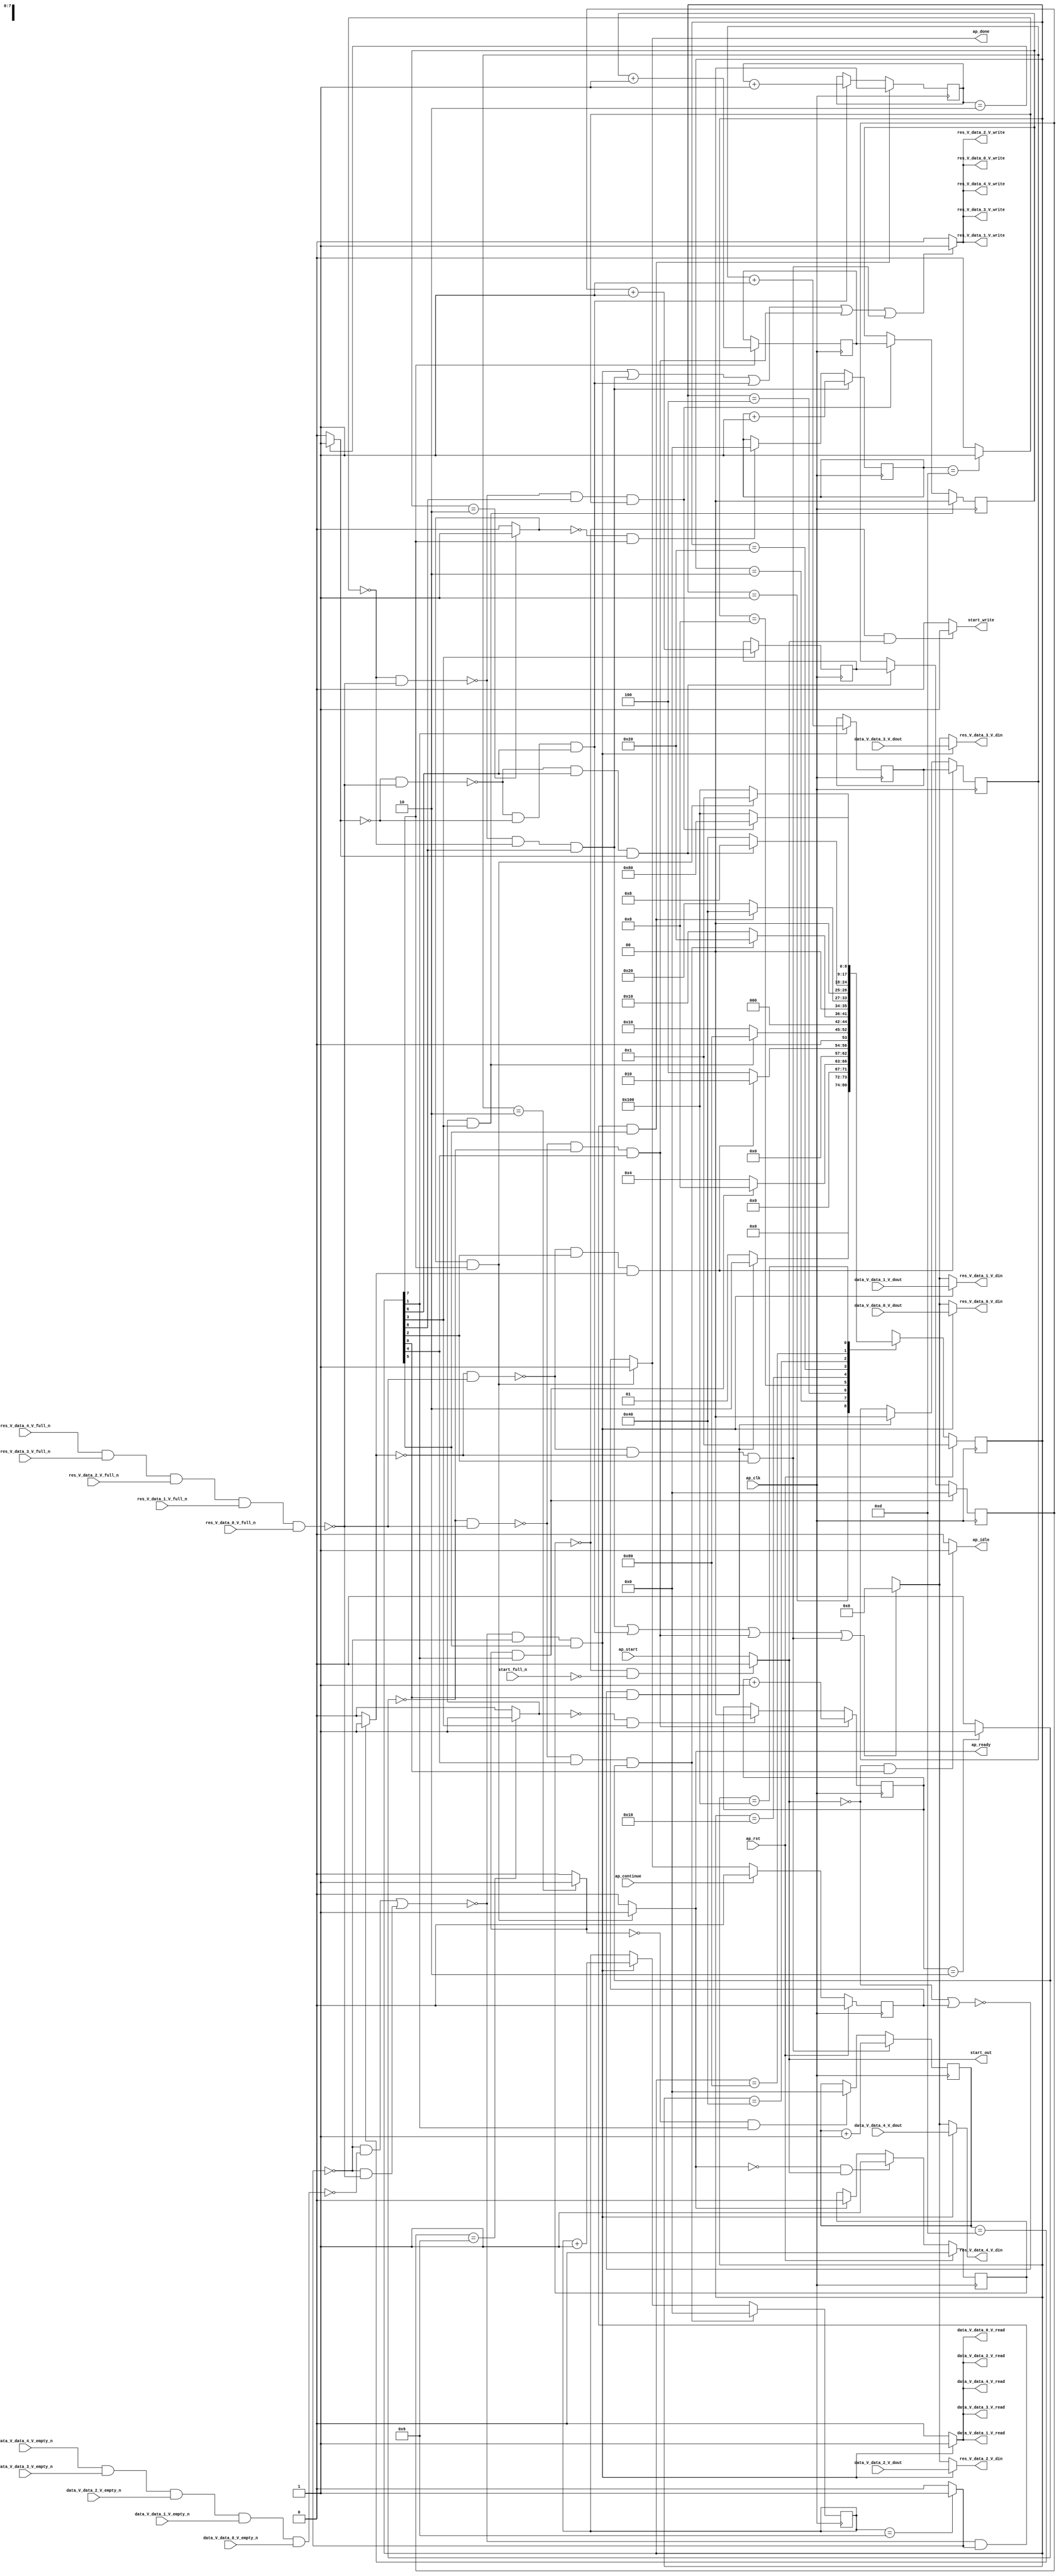
// ==============================================================
// RTL generated by Vivado(TM) HLS - High-Level Synthesis from C, C++ and SystemC
// Version: 2018.2
// Copyright (C) 1986-2018 Xilinx, Inc. All Rights Reserved.
// 
// ===========================================================

`timescale 1 ns / 1 ps 

module zeropad2d_cl_array_array_ap_fixed_5u_config11_s (
        ap_clk,
        ap_rst,
        ap_start,
        start_full_n,
        ap_done,
        ap_continue,
        ap_idle,
        ap_ready,
        start_out,
        start_write,
        data_V_data_0_V_dout,
        data_V_data_0_V_empty_n,
        data_V_data_0_V_read,
        data_V_data_1_V_dout,
        data_V_data_1_V_empty_n,
        data_V_data_1_V_read,
        data_V_data_2_V_dout,
        data_V_data_2_V_empty_n,
        data_V_data_2_V_read,
        data_V_data_3_V_dout,
        data_V_data_3_V_empty_n,
        data_V_data_3_V_read,
        data_V_data_4_V_dout,
        data_V_data_4_V_empty_n,
        data_V_data_4_V_read,
        res_V_data_0_V_din,
        res_V_data_0_V_full_n,
        res_V_data_0_V_write,
        res_V_data_1_V_din,
        res_V_data_1_V_full_n,
        res_V_data_1_V_write,
        res_V_data_2_V_din,
        res_V_data_2_V_full_n,
        res_V_data_2_V_write,
        res_V_data_3_V_din,
        res_V_data_3_V_full_n,
        res_V_data_3_V_write,
        res_V_data_4_V_din,
        res_V_data_4_V_full_n,
        res_V_data_4_V_write
);

parameter    ap_ST_fsm_state1 = 9'd1;
parameter    ap_ST_fsm_state2 = 9'd2;
parameter    ap_ST_fsm_state3 = 9'd4;
parameter    ap_ST_fsm_state4 = 9'd8;
parameter    ap_ST_fsm_state5 = 9'd16;
parameter    ap_ST_fsm_state6 = 9'd32;
parameter    ap_ST_fsm_state7 = 9'd64;
parameter    ap_ST_fsm_state8 = 9'd128;
parameter    ap_ST_fsm_state9 = 9'd256;

input   ap_clk;
input   ap_rst;
input   ap_start;
input   start_full_n;
output   ap_done;
input   ap_continue;
output   ap_idle;
output   ap_ready;
output   start_out;
output   start_write;
input  [7:0] data_V_data_0_V_dout;
input   data_V_data_0_V_empty_n;
output   data_V_data_0_V_read;
input  [7:0] data_V_data_1_V_dout;
input   data_V_data_1_V_empty_n;
output   data_V_data_1_V_read;
input  [7:0] data_V_data_2_V_dout;
input   data_V_data_2_V_empty_n;
output   data_V_data_2_V_read;
input  [7:0] data_V_data_3_V_dout;
input   data_V_data_3_V_empty_n;
output   data_V_data_3_V_read;
input  [7:0] data_V_data_4_V_dout;
input   data_V_data_4_V_empty_n;
output   data_V_data_4_V_read;
output  [7:0] res_V_data_0_V_din;
input   res_V_data_0_V_full_n;
output   res_V_data_0_V_write;
output  [7:0] res_V_data_1_V_din;
input   res_V_data_1_V_full_n;
output   res_V_data_1_V_write;
output  [7:0] res_V_data_2_V_din;
input   res_V_data_2_V_full_n;
output   res_V_data_2_V_write;
output  [7:0] res_V_data_3_V_din;
input   res_V_data_3_V_full_n;
output   res_V_data_3_V_write;
output  [7:0] res_V_data_4_V_din;
input   res_V_data_4_V_full_n;
output   res_V_data_4_V_write;

reg ap_done;
reg ap_idle;
reg start_write;
reg[7:0] res_V_data_0_V_din;
reg[7:0] res_V_data_1_V_din;
reg[7:0] res_V_data_2_V_din;
reg[7:0] res_V_data_3_V_din;
reg[7:0] res_V_data_4_V_din;

reg    real_start;
reg    start_once_reg;
reg    ap_done_reg;
(* fsm_encoding = "none" *) reg   [8:0] ap_CS_fsm;
wire    ap_CS_fsm_state1;
reg    internal_ap_ready;
reg    data_V_data_0_V_blk_n;
wire    ap_CS_fsm_state6;
wire   [0:0] tmp_3_fu_374_p2;
reg    data_V_data_1_V_blk_n;
reg    data_V_data_2_V_blk_n;
reg    data_V_data_3_V_blk_n;
reg    data_V_data_4_V_blk_n;
reg    res_V_data_0_V_blk_n;
wire    ap_CS_fsm_state3;
wire   [0:0] tmp_2_fu_338_p2;
wire    ap_CS_fsm_state5;
wire   [0:0] tmp_5_fu_362_p2;
wire    ap_CS_fsm_state7;
wire   [0:0] tmp_9_fu_411_p2;
wire    ap_CS_fsm_state9;
wire   [0:0] tmp_s_fu_435_p2;
reg    res_V_data_1_V_blk_n;
reg    res_V_data_2_V_blk_n;
reg    res_V_data_3_V_blk_n;
reg    res_V_data_4_V_blk_n;
wire   [1:0] i_1_fu_332_p2;
reg   [1:0] i_1_reg_450;
wire    ap_CS_fsm_state2;
wire   [3:0] j_1_fu_344_p2;
wire    res_V_data_0_V1_status;
reg    ap_block_state3;
wire   [3:0] i_3_fu_356_p2;
reg   [3:0] i_3_reg_466;
wire    ap_CS_fsm_state4;
wire   [1:0] j_3_fu_368_p2;
reg    ap_block_state5;
wire   [3:0] j_2_fu_380_p2;
wire    data_V_data_0_V0_status;
reg    ap_block_state6;
wire   [1:0] j_5_fu_417_p2;
reg    ap_block_state7;
wire   [1:0] i_2_fu_429_p2;
reg   [1:0] i_2_reg_498;
wire    ap_CS_fsm_state8;
wire   [3:0] j_4_fu_441_p2;
reg    ap_block_state9;
reg   [1:0] i_reg_238;
reg    ap_block_state1;
reg   [3:0] j_reg_249;
wire   [0:0] tmp_fu_326_p2;
reg   [3:0] i1_reg_260;
reg   [1:0] j2_reg_271;
wire   [0:0] tmp_1_fu_350_p2;
reg   [3:0] j3_reg_282;
reg   [1:0] j4_reg_293;
reg   [1:0] i5_reg_304;
reg   [3:0] j6_reg_315;
wire   [0:0] tmp_4_fu_423_p2;
reg    res_V_data_0_V1_update;
reg    data_V_data_0_V0_update;
reg   [8:0] ap_NS_fsm;

// power-on initialization
initial begin
#0 start_once_reg = 1'b0;
#0 ap_done_reg = 1'b0;
#0 ap_CS_fsm = 9'd1;
end

always @ (posedge ap_clk) begin
    if (ap_rst == 1'b1) begin
        ap_CS_fsm <= ap_ST_fsm_state1;
    end else begin
        ap_CS_fsm <= ap_NS_fsm;
    end
end

always @ (posedge ap_clk) begin
    if (ap_rst == 1'b1) begin
        ap_done_reg <= 1'b0;
    end else begin
        if ((ap_continue == 1'b1)) begin
            ap_done_reg <= 1'b0;
        end else if (((tmp_4_fu_423_p2 == 1'd1) & (1'b1 == ap_CS_fsm_state8))) begin
            ap_done_reg <= 1'b1;
        end
    end
end

always @ (posedge ap_clk) begin
    if (ap_rst == 1'b1) begin
        start_once_reg <= 1'b0;
    end else begin
        if (((internal_ap_ready == 1'b0) & (real_start == 1'b1))) begin
            start_once_reg <= 1'b1;
        end else if ((internal_ap_ready == 1'b1)) begin
            start_once_reg <= 1'b0;
        end
    end
end

always @ (posedge ap_clk) begin
    if (((tmp_fu_326_p2 == 1'd1) & (1'b1 == ap_CS_fsm_state2))) begin
        i1_reg_260 <= 4'd0;
    end else if ((~((tmp_9_fu_411_p2 == 1'd0) & (res_V_data_0_V1_status == 1'b0)) & (1'b1 == ap_CS_fsm_state7) & (tmp_9_fu_411_p2 == 1'd1))) begin
        i1_reg_260 <= i_3_reg_466;
    end
end

always @ (posedge ap_clk) begin
    if (((tmp_1_fu_350_p2 == 1'd1) & (1'b1 == ap_CS_fsm_state4))) begin
        i5_reg_304 <= 2'd0;
    end else if ((~((tmp_s_fu_435_p2 == 1'd0) & (res_V_data_0_V1_status == 1'b0)) & (1'b1 == ap_CS_fsm_state9) & (tmp_s_fu_435_p2 == 1'd1))) begin
        i5_reg_304 <= i_2_reg_498;
    end
end

always @ (posedge ap_clk) begin
    if ((~((tmp_2_fu_338_p2 == 1'd0) & (res_V_data_0_V1_status == 1'b0)) & (1'b1 == ap_CS_fsm_state3) & (tmp_2_fu_338_p2 == 1'd1))) begin
        i_reg_238 <= i_1_reg_450;
    end else if ((~((real_start == 1'b0) | (ap_done_reg == 1'b1)) & (1'b1 == ap_CS_fsm_state1))) begin
        i_reg_238 <= 2'd0;
    end
end

always @ (posedge ap_clk) begin
    if ((~((tmp_5_fu_362_p2 == 1'd0) & (res_V_data_0_V1_status == 1'b0)) & (tmp_5_fu_362_p2 == 1'd0) & (1'b1 == ap_CS_fsm_state5))) begin
        j2_reg_271 <= j_3_fu_368_p2;
    end else if (((tmp_1_fu_350_p2 == 1'd0) & (1'b1 == ap_CS_fsm_state4))) begin
        j2_reg_271 <= 2'd0;
    end
end

always @ (posedge ap_clk) begin
    if ((~((tmp_5_fu_362_p2 == 1'd0) & (res_V_data_0_V1_status == 1'b0)) & (1'b1 == ap_CS_fsm_state5) & (tmp_5_fu_362_p2 == 1'd1))) begin
        j3_reg_282 <= 4'd0;
    end else if ((~(((tmp_3_fu_374_p2 == 1'd0) & (data_V_data_0_V0_status == 1'b0)) | ((tmp_3_fu_374_p2 == 1'd0) & (res_V_data_0_V1_status == 1'b0))) & (tmp_3_fu_374_p2 == 1'd0) & (1'b1 == ap_CS_fsm_state6))) begin
        j3_reg_282 <= j_2_fu_380_p2;
    end
end

always @ (posedge ap_clk) begin
    if ((~(((tmp_3_fu_374_p2 == 1'd0) & (data_V_data_0_V0_status == 1'b0)) | ((tmp_3_fu_374_p2 == 1'd0) & (res_V_data_0_V1_status == 1'b0))) & (tmp_3_fu_374_p2 == 1'd1) & (1'b1 == ap_CS_fsm_state6))) begin
        j4_reg_293 <= 2'd0;
    end else if ((~((tmp_9_fu_411_p2 == 1'd0) & (res_V_data_0_V1_status == 1'b0)) & (tmp_9_fu_411_p2 == 1'd0) & (1'b1 == ap_CS_fsm_state7))) begin
        j4_reg_293 <= j_5_fu_417_p2;
    end
end

always @ (posedge ap_clk) begin
    if ((~((tmp_s_fu_435_p2 == 1'd0) & (res_V_data_0_V1_status == 1'b0)) & (tmp_s_fu_435_p2 == 1'd0) & (1'b1 == ap_CS_fsm_state9))) begin
        j6_reg_315 <= j_4_fu_441_p2;
    end else if (((tmp_4_fu_423_p2 == 1'd0) & (1'b1 == ap_CS_fsm_state8))) begin
        j6_reg_315 <= 4'd0;
    end
end

always @ (posedge ap_clk) begin
    if ((~((tmp_2_fu_338_p2 == 1'd0) & (res_V_data_0_V1_status == 1'b0)) & (tmp_2_fu_338_p2 == 1'd0) & (1'b1 == ap_CS_fsm_state3))) begin
        j_reg_249 <= j_1_fu_344_p2;
    end else if (((tmp_fu_326_p2 == 1'd0) & (1'b1 == ap_CS_fsm_state2))) begin
        j_reg_249 <= 4'd0;
    end
end

always @ (posedge ap_clk) begin
    if ((1'b1 == ap_CS_fsm_state2)) begin
        i_1_reg_450 <= i_1_fu_332_p2;
    end
end

always @ (posedge ap_clk) begin
    if ((1'b1 == ap_CS_fsm_state8)) begin
        i_2_reg_498 <= i_2_fu_429_p2;
    end
end

always @ (posedge ap_clk) begin
    if ((1'b1 == ap_CS_fsm_state4)) begin
        i_3_reg_466 <= i_3_fu_356_p2;
    end
end

always @ (*) begin
    if (((tmp_4_fu_423_p2 == 1'd1) & (1'b1 == ap_CS_fsm_state8))) begin
        ap_done = 1'b1;
    end else begin
        ap_done = ap_done_reg;
    end
end

always @ (*) begin
    if (((real_start == 1'b0) & (1'b1 == ap_CS_fsm_state1))) begin
        ap_idle = 1'b1;
    end else begin
        ap_idle = 1'b0;
    end
end

always @ (*) begin
    if ((~(((tmp_3_fu_374_p2 == 1'd0) & (data_V_data_0_V0_status == 1'b0)) | ((tmp_3_fu_374_p2 == 1'd0) & (res_V_data_0_V1_status == 1'b0))) & (tmp_3_fu_374_p2 == 1'd0) & (1'b1 == ap_CS_fsm_state6))) begin
        data_V_data_0_V0_update = 1'b1;
    end else begin
        data_V_data_0_V0_update = 1'b0;
    end
end

always @ (*) begin
    if (((tmp_3_fu_374_p2 == 1'd0) & (1'b1 == ap_CS_fsm_state6))) begin
        data_V_data_0_V_blk_n = data_V_data_0_V_empty_n;
    end else begin
        data_V_data_0_V_blk_n = 1'b1;
    end
end

always @ (*) begin
    if (((tmp_3_fu_374_p2 == 1'd0) & (1'b1 == ap_CS_fsm_state6))) begin
        data_V_data_1_V_blk_n = data_V_data_1_V_empty_n;
    end else begin
        data_V_data_1_V_blk_n = 1'b1;
    end
end

always @ (*) begin
    if (((tmp_3_fu_374_p2 == 1'd0) & (1'b1 == ap_CS_fsm_state6))) begin
        data_V_data_2_V_blk_n = data_V_data_2_V_empty_n;
    end else begin
        data_V_data_2_V_blk_n = 1'b1;
    end
end

always @ (*) begin
    if (((tmp_3_fu_374_p2 == 1'd0) & (1'b1 == ap_CS_fsm_state6))) begin
        data_V_data_3_V_blk_n = data_V_data_3_V_empty_n;
    end else begin
        data_V_data_3_V_blk_n = 1'b1;
    end
end

always @ (*) begin
    if (((tmp_3_fu_374_p2 == 1'd0) & (1'b1 == ap_CS_fsm_state6))) begin
        data_V_data_4_V_blk_n = data_V_data_4_V_empty_n;
    end else begin
        data_V_data_4_V_blk_n = 1'b1;
    end
end

always @ (*) begin
    if (((tmp_4_fu_423_p2 == 1'd1) & (1'b1 == ap_CS_fsm_state8))) begin
        internal_ap_ready = 1'b1;
    end else begin
        internal_ap_ready = 1'b0;
    end
end

always @ (*) begin
    if (((start_once_reg == 1'b0) & (start_full_n == 1'b0))) begin
        real_start = 1'b0;
    end else begin
        real_start = ap_start;
    end
end

always @ (*) begin
    if (((~(((tmp_3_fu_374_p2 == 1'd0) & (data_V_data_0_V0_status == 1'b0)) | ((tmp_3_fu_374_p2 == 1'd0) & (res_V_data_0_V1_status == 1'b0))) & (tmp_3_fu_374_p2 == 1'd0) & (1'b1 == ap_CS_fsm_state6)) | (~((tmp_s_fu_435_p2 == 1'd0) & (res_V_data_0_V1_status == 1'b0)) & (tmp_s_fu_435_p2 == 1'd0) & (1'b1 == ap_CS_fsm_state9)) | (~((tmp_9_fu_411_p2 == 1'd0) & (res_V_data_0_V1_status == 1'b0)) & (tmp_9_fu_411_p2 == 1'd0) & (1'b1 == ap_CS_fsm_state7)) | (~((tmp_5_fu_362_p2 == 1'd0) & (res_V_data_0_V1_status == 1'b0)) & (tmp_5_fu_362_p2 == 1'd0) & (1'b1 == ap_CS_fsm_state5)) | (~((tmp_2_fu_338_p2 == 1'd0) & (res_V_data_0_V1_status == 1'b0)) & (tmp_2_fu_338_p2 == 1'd0) & (1'b1 == ap_CS_fsm_state3)))) begin
        res_V_data_0_V1_update = 1'b1;
    end else begin
        res_V_data_0_V1_update = 1'b0;
    end
end

always @ (*) begin
    if ((((tmp_3_fu_374_p2 == 1'd0) & (1'b1 == ap_CS_fsm_state6)) | ((tmp_s_fu_435_p2 == 1'd0) & (1'b1 == ap_CS_fsm_state9)) | ((tmp_9_fu_411_p2 == 1'd0) & (1'b1 == ap_CS_fsm_state7)) | ((tmp_5_fu_362_p2 == 1'd0) & (1'b1 == ap_CS_fsm_state5)) | ((tmp_2_fu_338_p2 == 1'd0) & (1'b1 == ap_CS_fsm_state3)))) begin
        res_V_data_0_V_blk_n = res_V_data_0_V_full_n;
    end else begin
        res_V_data_0_V_blk_n = 1'b1;
    end
end

always @ (*) begin
    if ((~(((tmp_3_fu_374_p2 == 1'd0) & (data_V_data_0_V0_status == 1'b0)) | ((tmp_3_fu_374_p2 == 1'd0) & (res_V_data_0_V1_status == 1'b0))) & (tmp_3_fu_374_p2 == 1'd0) & (1'b1 == ap_CS_fsm_state6))) begin
        res_V_data_0_V_din = data_V_data_0_V_dout;
    end else if (((~((tmp_s_fu_435_p2 == 1'd0) & (res_V_data_0_V1_status == 1'b0)) & (tmp_s_fu_435_p2 == 1'd0) & (1'b1 == ap_CS_fsm_state9)) | (~((tmp_9_fu_411_p2 == 1'd0) & (res_V_data_0_V1_status == 1'b0)) & (tmp_9_fu_411_p2 == 1'd0) & (1'b1 == ap_CS_fsm_state7)) | (~((tmp_5_fu_362_p2 == 1'd0) & (res_V_data_0_V1_status == 1'b0)) & (tmp_5_fu_362_p2 == 1'd0) & (1'b1 == ap_CS_fsm_state5)) | (~((tmp_2_fu_338_p2 == 1'd0) & (res_V_data_0_V1_status == 1'b0)) & (tmp_2_fu_338_p2 == 1'd0) & (1'b1 == ap_CS_fsm_state3)))) begin
        res_V_data_0_V_din = 8'd0;
    end else begin
        res_V_data_0_V_din = 'bx;
    end
end

always @ (*) begin
    if ((((tmp_3_fu_374_p2 == 1'd0) & (1'b1 == ap_CS_fsm_state6)) | ((tmp_s_fu_435_p2 == 1'd0) & (1'b1 == ap_CS_fsm_state9)) | ((tmp_9_fu_411_p2 == 1'd0) & (1'b1 == ap_CS_fsm_state7)) | ((tmp_5_fu_362_p2 == 1'd0) & (1'b1 == ap_CS_fsm_state5)) | ((tmp_2_fu_338_p2 == 1'd0) & (1'b1 == ap_CS_fsm_state3)))) begin
        res_V_data_1_V_blk_n = res_V_data_1_V_full_n;
    end else begin
        res_V_data_1_V_blk_n = 1'b1;
    end
end

always @ (*) begin
    if ((~(((tmp_3_fu_374_p2 == 1'd0) & (data_V_data_0_V0_status == 1'b0)) | ((tmp_3_fu_374_p2 == 1'd0) & (res_V_data_0_V1_status == 1'b0))) & (tmp_3_fu_374_p2 == 1'd0) & (1'b1 == ap_CS_fsm_state6))) begin
        res_V_data_1_V_din = data_V_data_1_V_dout;
    end else if (((~((tmp_s_fu_435_p2 == 1'd0) & (res_V_data_0_V1_status == 1'b0)) & (tmp_s_fu_435_p2 == 1'd0) & (1'b1 == ap_CS_fsm_state9)) | (~((tmp_9_fu_411_p2 == 1'd0) & (res_V_data_0_V1_status == 1'b0)) & (tmp_9_fu_411_p2 == 1'd0) & (1'b1 == ap_CS_fsm_state7)) | (~((tmp_5_fu_362_p2 == 1'd0) & (res_V_data_0_V1_status == 1'b0)) & (tmp_5_fu_362_p2 == 1'd0) & (1'b1 == ap_CS_fsm_state5)) | (~((tmp_2_fu_338_p2 == 1'd0) & (res_V_data_0_V1_status == 1'b0)) & (tmp_2_fu_338_p2 == 1'd0) & (1'b1 == ap_CS_fsm_state3)))) begin
        res_V_data_1_V_din = 8'd0;
    end else begin
        res_V_data_1_V_din = 'bx;
    end
end

always @ (*) begin
    if ((((tmp_3_fu_374_p2 == 1'd0) & (1'b1 == ap_CS_fsm_state6)) | ((tmp_s_fu_435_p2 == 1'd0) & (1'b1 == ap_CS_fsm_state9)) | ((tmp_9_fu_411_p2 == 1'd0) & (1'b1 == ap_CS_fsm_state7)) | ((tmp_5_fu_362_p2 == 1'd0) & (1'b1 == ap_CS_fsm_state5)) | ((tmp_2_fu_338_p2 == 1'd0) & (1'b1 == ap_CS_fsm_state3)))) begin
        res_V_data_2_V_blk_n = res_V_data_2_V_full_n;
    end else begin
        res_V_data_2_V_blk_n = 1'b1;
    end
end

always @ (*) begin
    if ((~(((tmp_3_fu_374_p2 == 1'd0) & (data_V_data_0_V0_status == 1'b0)) | ((tmp_3_fu_374_p2 == 1'd0) & (res_V_data_0_V1_status == 1'b0))) & (tmp_3_fu_374_p2 == 1'd0) & (1'b1 == ap_CS_fsm_state6))) begin
        res_V_data_2_V_din = data_V_data_2_V_dout;
    end else if (((~((tmp_s_fu_435_p2 == 1'd0) & (res_V_data_0_V1_status == 1'b0)) & (tmp_s_fu_435_p2 == 1'd0) & (1'b1 == ap_CS_fsm_state9)) | (~((tmp_9_fu_411_p2 == 1'd0) & (res_V_data_0_V1_status == 1'b0)) & (tmp_9_fu_411_p2 == 1'd0) & (1'b1 == ap_CS_fsm_state7)) | (~((tmp_5_fu_362_p2 == 1'd0) & (res_V_data_0_V1_status == 1'b0)) & (tmp_5_fu_362_p2 == 1'd0) & (1'b1 == ap_CS_fsm_state5)) | (~((tmp_2_fu_338_p2 == 1'd0) & (res_V_data_0_V1_status == 1'b0)) & (tmp_2_fu_338_p2 == 1'd0) & (1'b1 == ap_CS_fsm_state3)))) begin
        res_V_data_2_V_din = 8'd0;
    end else begin
        res_V_data_2_V_din = 'bx;
    end
end

always @ (*) begin
    if ((((tmp_3_fu_374_p2 == 1'd0) & (1'b1 == ap_CS_fsm_state6)) | ((tmp_s_fu_435_p2 == 1'd0) & (1'b1 == ap_CS_fsm_state9)) | ((tmp_9_fu_411_p2 == 1'd0) & (1'b1 == ap_CS_fsm_state7)) | ((tmp_5_fu_362_p2 == 1'd0) & (1'b1 == ap_CS_fsm_state5)) | ((tmp_2_fu_338_p2 == 1'd0) & (1'b1 == ap_CS_fsm_state3)))) begin
        res_V_data_3_V_blk_n = res_V_data_3_V_full_n;
    end else begin
        res_V_data_3_V_blk_n = 1'b1;
    end
end

always @ (*) begin
    if ((~(((tmp_3_fu_374_p2 == 1'd0) & (data_V_data_0_V0_status == 1'b0)) | ((tmp_3_fu_374_p2 == 1'd0) & (res_V_data_0_V1_status == 1'b0))) & (tmp_3_fu_374_p2 == 1'd0) & (1'b1 == ap_CS_fsm_state6))) begin
        res_V_data_3_V_din = data_V_data_3_V_dout;
    end else if (((~((tmp_s_fu_435_p2 == 1'd0) & (res_V_data_0_V1_status == 1'b0)) & (tmp_s_fu_435_p2 == 1'd0) & (1'b1 == ap_CS_fsm_state9)) | (~((tmp_9_fu_411_p2 == 1'd0) & (res_V_data_0_V1_status == 1'b0)) & (tmp_9_fu_411_p2 == 1'd0) & (1'b1 == ap_CS_fsm_state7)) | (~((tmp_5_fu_362_p2 == 1'd0) & (res_V_data_0_V1_status == 1'b0)) & (tmp_5_fu_362_p2 == 1'd0) & (1'b1 == ap_CS_fsm_state5)) | (~((tmp_2_fu_338_p2 == 1'd0) & (res_V_data_0_V1_status == 1'b0)) & (tmp_2_fu_338_p2 == 1'd0) & (1'b1 == ap_CS_fsm_state3)))) begin
        res_V_data_3_V_din = 8'd0;
    end else begin
        res_V_data_3_V_din = 'bx;
    end
end

always @ (*) begin
    if ((((tmp_3_fu_374_p2 == 1'd0) & (1'b1 == ap_CS_fsm_state6)) | ((tmp_s_fu_435_p2 == 1'd0) & (1'b1 == ap_CS_fsm_state9)) | ((tmp_9_fu_411_p2 == 1'd0) & (1'b1 == ap_CS_fsm_state7)) | ((tmp_5_fu_362_p2 == 1'd0) & (1'b1 == ap_CS_fsm_state5)) | ((tmp_2_fu_338_p2 == 1'd0) & (1'b1 == ap_CS_fsm_state3)))) begin
        res_V_data_4_V_blk_n = res_V_data_4_V_full_n;
    end else begin
        res_V_data_4_V_blk_n = 1'b1;
    end
end

always @ (*) begin
    if ((~(((tmp_3_fu_374_p2 == 1'd0) & (data_V_data_0_V0_status == 1'b0)) | ((tmp_3_fu_374_p2 == 1'd0) & (res_V_data_0_V1_status == 1'b0))) & (tmp_3_fu_374_p2 == 1'd0) & (1'b1 == ap_CS_fsm_state6))) begin
        res_V_data_4_V_din = data_V_data_4_V_dout;
    end else if (((~((tmp_s_fu_435_p2 == 1'd0) & (res_V_data_0_V1_status == 1'b0)) & (tmp_s_fu_435_p2 == 1'd0) & (1'b1 == ap_CS_fsm_state9)) | (~((tmp_9_fu_411_p2 == 1'd0) & (res_V_data_0_V1_status == 1'b0)) & (tmp_9_fu_411_p2 == 1'd0) & (1'b1 == ap_CS_fsm_state7)) | (~((tmp_5_fu_362_p2 == 1'd0) & (res_V_data_0_V1_status == 1'b0)) & (tmp_5_fu_362_p2 == 1'd0) & (1'b1 == ap_CS_fsm_state5)) | (~((tmp_2_fu_338_p2 == 1'd0) & (res_V_data_0_V1_status == 1'b0)) & (tmp_2_fu_338_p2 == 1'd0) & (1'b1 == ap_CS_fsm_state3)))) begin
        res_V_data_4_V_din = 8'd0;
    end else begin
        res_V_data_4_V_din = 'bx;
    end
end

always @ (*) begin
    if (((start_once_reg == 1'b0) & (real_start == 1'b1))) begin
        start_write = 1'b1;
    end else begin
        start_write = 1'b0;
    end
end

always @ (*) begin
    case (ap_CS_fsm)
        ap_ST_fsm_state1 : begin
            if ((~((real_start == 1'b0) | (ap_done_reg == 1'b1)) & (1'b1 == ap_CS_fsm_state1))) begin
                ap_NS_fsm = ap_ST_fsm_state2;
            end else begin
                ap_NS_fsm = ap_ST_fsm_state1;
            end
        end
        ap_ST_fsm_state2 : begin
            if (((tmp_fu_326_p2 == 1'd1) & (1'b1 == ap_CS_fsm_state2))) begin
                ap_NS_fsm = ap_ST_fsm_state4;
            end else begin
                ap_NS_fsm = ap_ST_fsm_state3;
            end
        end
        ap_ST_fsm_state3 : begin
            if ((~((tmp_2_fu_338_p2 == 1'd0) & (res_V_data_0_V1_status == 1'b0)) & (1'b1 == ap_CS_fsm_state3) & (tmp_2_fu_338_p2 == 1'd1))) begin
                ap_NS_fsm = ap_ST_fsm_state2;
            end else if ((~((tmp_2_fu_338_p2 == 1'd0) & (res_V_data_0_V1_status == 1'b0)) & (tmp_2_fu_338_p2 == 1'd0) & (1'b1 == ap_CS_fsm_state3))) begin
                ap_NS_fsm = ap_ST_fsm_state3;
            end else begin
                ap_NS_fsm = ap_ST_fsm_state3;
            end
        end
        ap_ST_fsm_state4 : begin
            if (((tmp_1_fu_350_p2 == 1'd1) & (1'b1 == ap_CS_fsm_state4))) begin
                ap_NS_fsm = ap_ST_fsm_state8;
            end else begin
                ap_NS_fsm = ap_ST_fsm_state5;
            end
        end
        ap_ST_fsm_state5 : begin
            if ((~((tmp_5_fu_362_p2 == 1'd0) & (res_V_data_0_V1_status == 1'b0)) & (1'b1 == ap_CS_fsm_state5) & (tmp_5_fu_362_p2 == 1'd1))) begin
                ap_NS_fsm = ap_ST_fsm_state6;
            end else if ((~((tmp_5_fu_362_p2 == 1'd0) & (res_V_data_0_V1_status == 1'b0)) & (tmp_5_fu_362_p2 == 1'd0) & (1'b1 == ap_CS_fsm_state5))) begin
                ap_NS_fsm = ap_ST_fsm_state5;
            end else begin
                ap_NS_fsm = ap_ST_fsm_state5;
            end
        end
        ap_ST_fsm_state6 : begin
            if ((~(((tmp_3_fu_374_p2 == 1'd0) & (data_V_data_0_V0_status == 1'b0)) | ((tmp_3_fu_374_p2 == 1'd0) & (res_V_data_0_V1_status == 1'b0))) & (tmp_3_fu_374_p2 == 1'd1) & (1'b1 == ap_CS_fsm_state6))) begin
                ap_NS_fsm = ap_ST_fsm_state7;
            end else if ((~(((tmp_3_fu_374_p2 == 1'd0) & (data_V_data_0_V0_status == 1'b0)) | ((tmp_3_fu_374_p2 == 1'd0) & (res_V_data_0_V1_status == 1'b0))) & (tmp_3_fu_374_p2 == 1'd0) & (1'b1 == ap_CS_fsm_state6))) begin
                ap_NS_fsm = ap_ST_fsm_state6;
            end else begin
                ap_NS_fsm = ap_ST_fsm_state6;
            end
        end
        ap_ST_fsm_state7 : begin
            if ((~((tmp_9_fu_411_p2 == 1'd0) & (res_V_data_0_V1_status == 1'b0)) & (1'b1 == ap_CS_fsm_state7) & (tmp_9_fu_411_p2 == 1'd1))) begin
                ap_NS_fsm = ap_ST_fsm_state4;
            end else if ((~((tmp_9_fu_411_p2 == 1'd0) & (res_V_data_0_V1_status == 1'b0)) & (tmp_9_fu_411_p2 == 1'd0) & (1'b1 == ap_CS_fsm_state7))) begin
                ap_NS_fsm = ap_ST_fsm_state7;
            end else begin
                ap_NS_fsm = ap_ST_fsm_state7;
            end
        end
        ap_ST_fsm_state8 : begin
            if (((tmp_4_fu_423_p2 == 1'd1) & (1'b1 == ap_CS_fsm_state8))) begin
                ap_NS_fsm = ap_ST_fsm_state1;
            end else begin
                ap_NS_fsm = ap_ST_fsm_state9;
            end
        end
        ap_ST_fsm_state9 : begin
            if ((~((tmp_s_fu_435_p2 == 1'd0) & (res_V_data_0_V1_status == 1'b0)) & (1'b1 == ap_CS_fsm_state9) & (tmp_s_fu_435_p2 == 1'd1))) begin
                ap_NS_fsm = ap_ST_fsm_state8;
            end else if ((~((tmp_s_fu_435_p2 == 1'd0) & (res_V_data_0_V1_status == 1'b0)) & (tmp_s_fu_435_p2 == 1'd0) & (1'b1 == ap_CS_fsm_state9))) begin
                ap_NS_fsm = ap_ST_fsm_state9;
            end else begin
                ap_NS_fsm = ap_ST_fsm_state9;
            end
        end
        default : begin
            ap_NS_fsm = 'bx;
        end
    endcase
end

assign ap_CS_fsm_state1 = ap_CS_fsm[32'd0];

assign ap_CS_fsm_state2 = ap_CS_fsm[32'd1];

assign ap_CS_fsm_state3 = ap_CS_fsm[32'd2];

assign ap_CS_fsm_state4 = ap_CS_fsm[32'd3];

assign ap_CS_fsm_state5 = ap_CS_fsm[32'd4];

assign ap_CS_fsm_state6 = ap_CS_fsm[32'd5];

assign ap_CS_fsm_state7 = ap_CS_fsm[32'd6];

assign ap_CS_fsm_state8 = ap_CS_fsm[32'd7];

assign ap_CS_fsm_state9 = ap_CS_fsm[32'd8];

always @ (*) begin
    ap_block_state1 = ((real_start == 1'b0) | (ap_done_reg == 1'b1));
end

always @ (*) begin
    ap_block_state3 = ((tmp_2_fu_338_p2 == 1'd0) & (res_V_data_0_V1_status == 1'b0));
end

always @ (*) begin
    ap_block_state5 = ((tmp_5_fu_362_p2 == 1'd0) & (res_V_data_0_V1_status == 1'b0));
end

always @ (*) begin
    ap_block_state6 = (((tmp_3_fu_374_p2 == 1'd0) & (data_V_data_0_V0_status == 1'b0)) | ((tmp_3_fu_374_p2 == 1'd0) & (res_V_data_0_V1_status == 1'b0)));
end

always @ (*) begin
    ap_block_state7 = ((tmp_9_fu_411_p2 == 1'd0) & (res_V_data_0_V1_status == 1'b0));
end

always @ (*) begin
    ap_block_state9 = ((tmp_s_fu_435_p2 == 1'd0) & (res_V_data_0_V1_status == 1'b0));
end

assign ap_ready = internal_ap_ready;

assign data_V_data_0_V0_status = (data_V_data_4_V_empty_n & data_V_data_3_V_empty_n & data_V_data_2_V_empty_n & data_V_data_1_V_empty_n & data_V_data_0_V_empty_n);

assign data_V_data_0_V_read = data_V_data_0_V0_update;

assign data_V_data_1_V_read = data_V_data_0_V0_update;

assign data_V_data_2_V_read = data_V_data_0_V0_update;

assign data_V_data_3_V_read = data_V_data_0_V0_update;

assign data_V_data_4_V_read = data_V_data_0_V0_update;

assign i_1_fu_332_p2 = (i_reg_238 + 2'd1);

assign i_2_fu_429_p2 = (i5_reg_304 + 2'd1);

assign i_3_fu_356_p2 = (i1_reg_260 + 4'd1);

assign j_1_fu_344_p2 = (j_reg_249 + 4'd1);

assign j_2_fu_380_p2 = (j3_reg_282 + 4'd1);

assign j_3_fu_368_p2 = (j2_reg_271 + 2'd1);

assign j_4_fu_441_p2 = (j6_reg_315 + 4'd1);

assign j_5_fu_417_p2 = (j4_reg_293 + 2'd1);

assign res_V_data_0_V1_status = (res_V_data_4_V_full_n & res_V_data_3_V_full_n & res_V_data_2_V_full_n & res_V_data_1_V_full_n & res_V_data_0_V_full_n);

assign res_V_data_0_V_write = res_V_data_0_V1_update;

assign res_V_data_1_V_write = res_V_data_0_V1_update;

assign res_V_data_2_V_write = res_V_data_0_V1_update;

assign res_V_data_3_V_write = res_V_data_0_V1_update;

assign res_V_data_4_V_write = res_V_data_0_V1_update;

assign start_out = real_start;

assign tmp_1_fu_350_p2 = ((i1_reg_260 == 4'd9) ? 1'b1 : 1'b0);

assign tmp_2_fu_338_p2 = ((j_reg_249 == 4'd13) ? 1'b1 : 1'b0);

assign tmp_3_fu_374_p2 = ((j3_reg_282 == 4'd9) ? 1'b1 : 1'b0);

assign tmp_4_fu_423_p2 = ((i5_reg_304 == 2'd2) ? 1'b1 : 1'b0);

assign tmp_5_fu_362_p2 = ((j2_reg_271 == 2'd2) ? 1'b1 : 1'b0);

assign tmp_9_fu_411_p2 = ((j4_reg_293 == 2'd2) ? 1'b1 : 1'b0);

assign tmp_fu_326_p2 = ((i_reg_238 == 2'd2) ? 1'b1 : 1'b0);

assign tmp_s_fu_435_p2 = ((j6_reg_315 == 4'd13) ? 1'b1 : 1'b0);

endmodule //zeropad2d_cl_array_array_ap_fixed_5u_config11_s